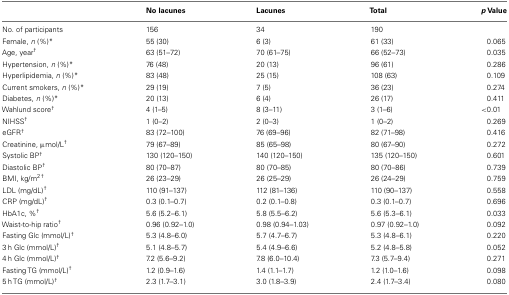
<table><thead><tr><td></td><td><b>No lacunes</b></td><td><b>Lacunes</b></td><td><b>Total</b></td><td><b><i>p</i> Value</b></td></tr></thead><tbody><tr><td>No. of participants</td><td>156</td><td>34</td><td>190</td><td></td></tr><tr><td>Female, <i>n</i> (%)*</td><td>55 (30)</td><td>6 (3)</td><td>61 (33)</td><td>0.065</td></tr><tr><td>Age, year<sup>†</sup></td><td>63 (51–72)</td><td>70 (61–75)</td><td>66 (52–73)</td><td>0.035</td></tr><tr><td>Hypertension, <i>n</i> (%)*</td><td>76 (48)</td><td>20 (13)</td><td>96 (61)</td><td>0.286</td></tr><tr><td>Hyperlipidemia, <i>n</i> (%)*</td><td>83 (48)</td><td>25 (15)</td><td>108 (63)</td><td>0.109</td></tr><tr><td>Current smokers, <i>n</i> (%)*</td><td>29 (19)</td><td>7 (5)</td><td>36 (23)</td><td>0.274</td></tr><tr><td>Diabetes, <i>n</i> (%)*</td><td>20 (13)</td><td>6 (4)</td><td>26 (17)</td><td>0.411</td></tr><tr><td>Wahlund score<sup>†</sup></td><td>4 (1–5)</td><td>8 (3–11)</td><td>3 (1–6)</td><td>&lt;0.01</td></tr><tr><td>NIHSS<sup>†</sup></td><td>1 (0–2)</td><td>2 (0–3)</td><td>1 (0–2)</td><td>0.269</td></tr><tr><td>eGFR<sup>†</sup></td><td>83 (72–100)</td><td>76 (69–96)</td><td>82 (71–98)</td><td>0.416</td></tr><tr><td>Creatinine, μmol/L<sup>†</sup></td><td>79 (67–89)</td><td>85 (65–98)</td><td>80 (67–90)</td><td>0.272</td></tr><tr><td>Systolic BP<sup>†</sup></td><td>130 (120–150)</td><td>140 (120–150)</td><td>135 (120–150)</td><td>0.601</td></tr><tr><td>Diastolic BP<sup>†</sup></td><td>80 (70–87)</td><td>80 (70–85)</td><td>80 (70–86)</td><td>0.739</td></tr><tr><td>BMI, kg/m<sup>2</sup><sup>†</sup></td><td>26 (23–29)</td><td>26 (25–29)</td><td>26 (24–29)</td><td>0.759</td></tr><tr><td>LDL (mg/dL)<sup>†</sup></td><td>110 (91–137)</td><td>112 (81–136)</td><td>110 (90–137)</td><td>0.558</td></tr><tr><td>CRP (mg/dL)<sup>†</sup></td><td>0.3 (0.1–0.7)</td><td>0.2 (0.1–0.8)</td><td>0.3 (0.1–0.7)</td><td>0.696</td></tr><tr><td>HbA1c, %<sup>†</sup></td><td>5.6 (5.2–6.1)</td><td>5.8 (5.5–6.2)</td><td>5.6 (5.3–6.1)</td><td>0.033</td></tr><tr><td>Waist-to-hip ratio<sup>†</sup></td><td>0.96 (0.92–1.0)</td><td>0.98 (0.94–1.03)</td><td>0.97 (0.92–1.0)</td><td>0.092</td></tr><tr><td>Fasting Glc (mmol/L)<sup>†</sup></td><td>5.3 (4.8–6.0)</td><td>5.7 (4.7–6.7)</td><td>5.3 (4.8–6.1)</td><td>0.220</td></tr><tr><td>3 h Glc (mmol/L)<sup>†</sup></td><td>5.1 (4.8–5.7)</td><td>5.4 (4.9–6.6)</td><td>5.2 (4.8–5.8)</td><td>0.052</td></tr><tr><td>4 h Glc (mmol/L)<sup>†</sup></td><td>7.2 (5.6–9.2)</td><td>7.8 (6.0–10.4)</td><td>7.3 (5.7–9.4)</td><td>0.271</td></tr><tr><td>Fasting TG (mmol/L)<sup>†</sup></td><td>1.2 (0.9–1.6)</td><td>1.4 (1.1–1.7)</td><td>1.2 (1.0–1.6)</td><td>0.098</td></tr><tr><td>5 h TG (mmol/L)<sup>†</sup></td><td>2.3 (1.7–3.1)</td><td>3.0 (1.8–3.9)</td><td>2.4 (1.7–3.4)</td><td>0.080</td></tr></tbody></table>